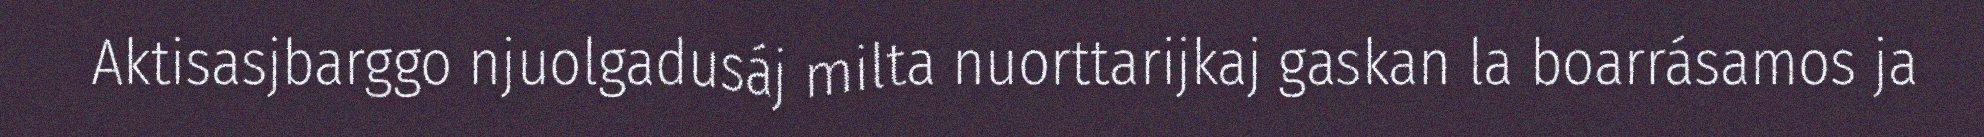
Aktisasjbarggo njuolgadusáj milta nuorttarijkaj gaskan la boarrásamos ja